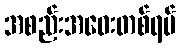
အစည်းအဝေးတစ်ရပ်